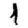
Digit: 1